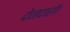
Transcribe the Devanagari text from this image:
देनदारी।